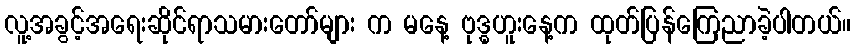
လူ့အခွင့်အရေးဆိုင်ရာသမားတော်များ က မနေ့ ဗုဒ္ဓဟူးနေ့က ထုတ်ပြန်ကြေညာခဲ့ပါတယ်။